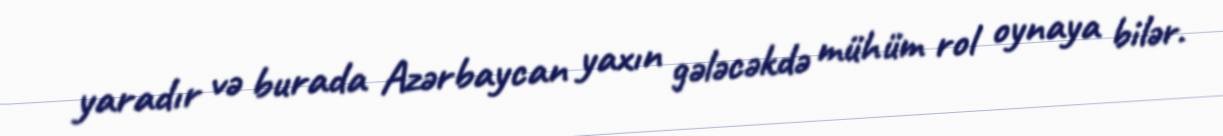
yaradır və burada Azərbaycan yaxın gələcəkdə mühüm rol oynaya bilər.